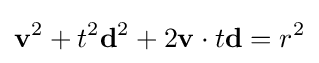
\mathbf {v} ^{2}+t^{2}\mathbf {d} ^{2}+2\mathbf {v} \cdot t\mathbf {d} =r^{2}